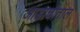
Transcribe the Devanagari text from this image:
आडाचौताल